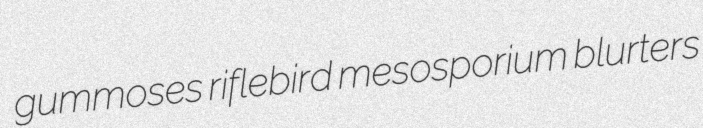
gummoses riflebird mesosporium blurters